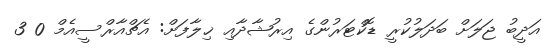
އަދީބު ޖަލަށް ބަދަލުކުރީ ޑޮކްޓަރުންގެ އިރުޝާދާއި ޚިލާފަށް: އެޗްއާރްސީއެމް 0 3